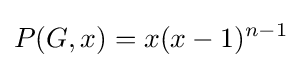
P(G,x)=x(x-1)^{n-1}